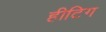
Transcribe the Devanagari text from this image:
हीटिग